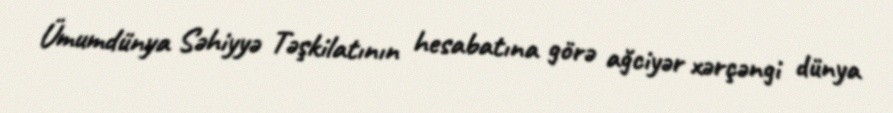
Ümumdünya Səhiyyə Təşkilatının hesabatına görə ağciyər xərçəngi dünya